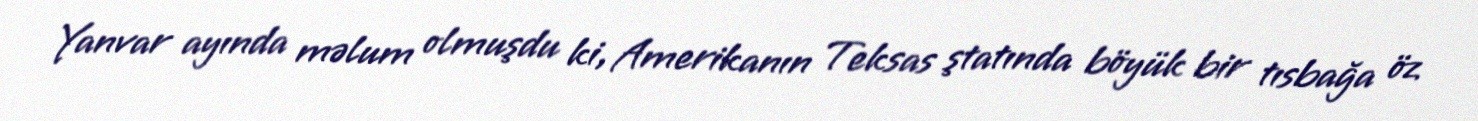
Yanvar ayında məlum olmuşdu ki, Amerikanın Teksas ştatında böyük bir tısbağa öz